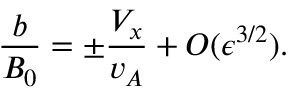
\frac { b } { B _ { 0 } } = \pm \frac { V _ { x } } { v _ { A } } + O ( \epsilon ^ { 3 / 2 } ) .